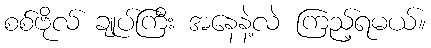
စစ်ဗိုလ် ချုပ်ကြီး အနေနဲ့လဲ ကြည့်ရမယ်။